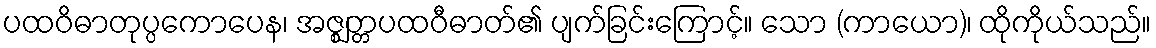
ပထဝိဓာတုပ္ပကောပေန၊ အဇ္ဈတ္တပထဝီဓာတ်၏ ပျက်ခြင်းကြောင့်။ သော (ကာယော)၊ ထိုကိုယ်သည်။